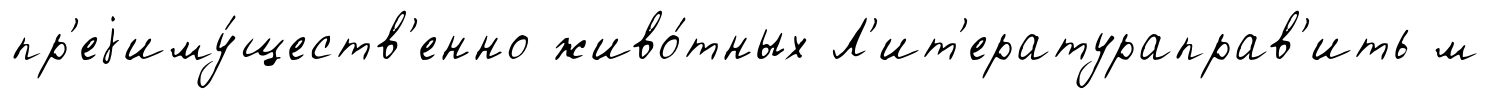
пр'еjиму́ществ'енно живо́тных Л'ит'ератураправ'ить м